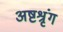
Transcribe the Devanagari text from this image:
अष्टश्रृंग